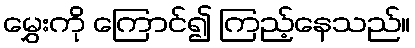
မွှေးကို ကြောင်၍ ကြည့်နေသည်။